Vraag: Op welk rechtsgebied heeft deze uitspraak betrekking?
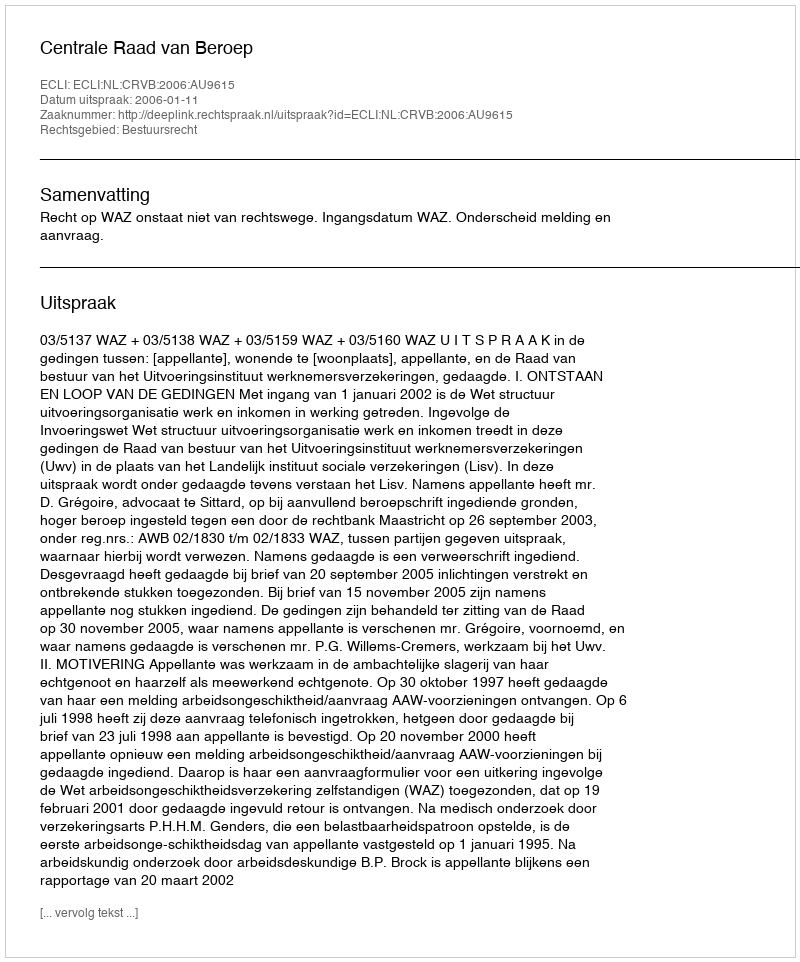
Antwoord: Bestuursrecht